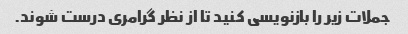
جملات زیر را بازنویسی کنید تا از نظر گرامری درست شوند.